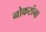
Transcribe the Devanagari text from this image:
नोकरांना